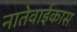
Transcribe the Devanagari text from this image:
नातेवाईकास